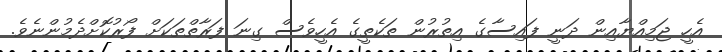
އެހީ ޖަމިއްޔާއިން ދަނީ ފައިސާގެ އިތުރުން ތަކެތީގެ އެހީވެސް ގިނަ ފަރާތްތަކަށް ފޯރުކޮށްދެމުންނެވެ.